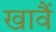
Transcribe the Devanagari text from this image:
खावैं